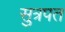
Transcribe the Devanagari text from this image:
सुत्रपत